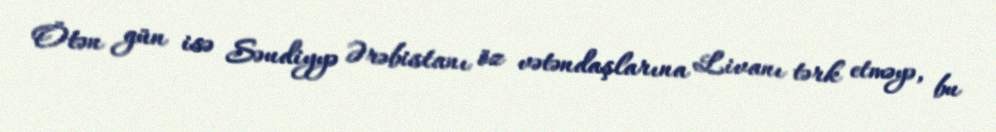
Ötən gün isə Səudiyyə Ərəbistanı öz vətəndaşlarına Livanı tərk etməyə, bu